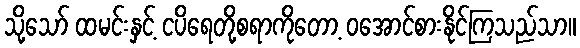
သို့သော် ထမင်းနှင့် ငပိရေတို့စရာကိုတော့ ဝအောင်စားနိုင်ကြသည်သာ။